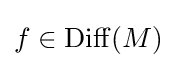
f\in \operatorname {Diff} (M)